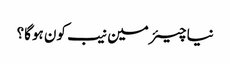
نیا چیئرمین نیب کون ہوگا؟